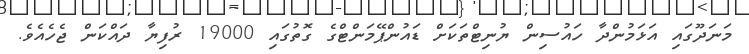
މަނަދޫގައި އަޅަމުންދާ ހައުސިން ޔުނިޓްތަކަށް ޑައުންޕޭމަންޓްގެ ގޮތުގައި 19000 ރުފިޔާ ދައްކަން ޖެހެއެވެ.